Indian Civil Veterinary Department memoirs
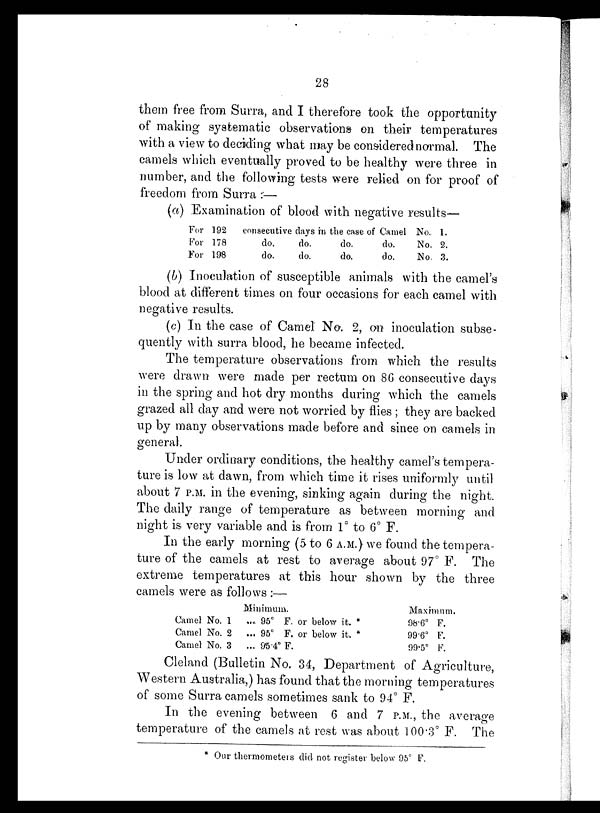
28
them free from Surra, and I therefore took the opportunity
of making systematic observations on their temperatures
with a view to deciding what may be considered normal. The
camels which eventually proved to be healthy were three in
number, and the following tests were relied on for proof of
freedom from Surra :—
(a) Examination of blood with negative results—
For 192
For 178
For 198
consecutive days in the case of Camel
do.
do.
do.
do.
do.
do.
do.
do.
No.
No.
No.
1.
2.
3.
(b) Inoculation of susceptible animals with the camel's
blood at different times on four occasions for each camel with
negative results.
(c) In the case of Camel No. 2, on inoculation subse-
quently with surra blood, he became infected.
The temperature observations from which the results
were drawn were made per rectum on 86 consecutive days
in the spring and hot dry months during which the camels
grazed all day and were not worried by flies ; they are backed
up by many observations made before and since on camels in
general.
Under ordinary conditions, the healthy camel's tempera-
ture is low at dawn, from which time it rises uniformly until
about 7 P.M. in the evening, sinking again during the night.
The daily range of temperature as between morning and
night is very variable and is from 1° to 6° F.
In the early morning (5 to 6 A.M.) we found the tempera-
ture of the camels at rest to average about 97° F. The
extreme temperatures at this hour shown by the three
camels were as follows :—
Camel No. 1
Camel No. 2
Camel No. 3
Minimum.
... 95° F. or below it. *
... 95° F. or below it. *
... 95.4° F.
Maximum.
98.6° F.
99.6° F.
99.5° F.
Cleland (Bulletin No. 34, Department of Agriculture,
Western Australia,) has found that the morning temperatures
of some Surra camels sometimes sank to 94° F.
In the evening between 6 and 7 P.M., the average
temperature of the camels at rest was about 100.3° F. The
* Our thermometers did not register below 95° F.